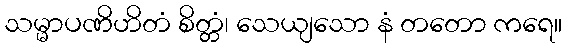
သမ္မာပဏိဟိတံ စိတ္တံ၊ သေယျသော နံ တတော ကရေ။